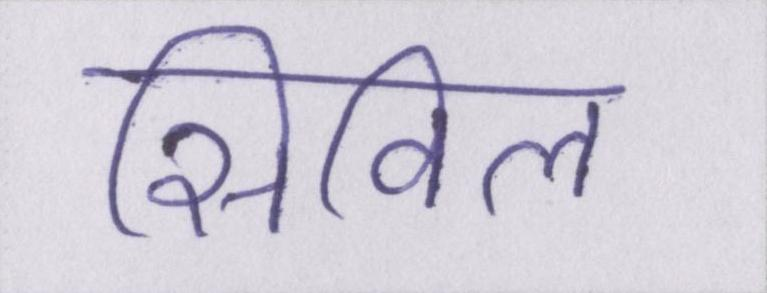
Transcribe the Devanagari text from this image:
सिविल